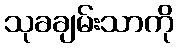
သုခချမ်းသာကို